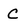
Character: C